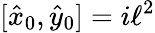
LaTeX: [\hat{x}_{0},\hat{y}_{0}]=i\ell^{2}